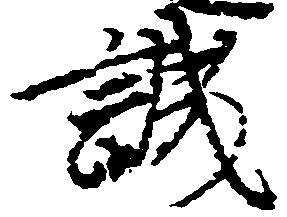
誠